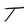
Character: T